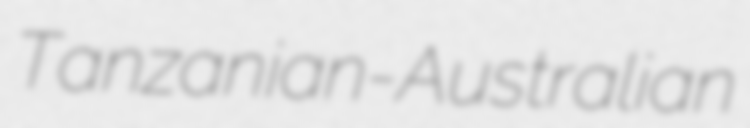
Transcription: Tanzanian-Australian